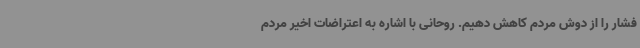
فشار را از دوش مردم کاهش دهیم. روحانی با اشاره به اعتراضات اخیر مردم